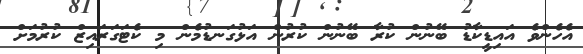
އެހެންވެ އައިޑީކާޑު ބޭނުންް ކުރާ ބޭނުން ކުރުން އަޅުގަނޑުމެން މި ކެޓަގަރައިޒް ކުރުމަށް